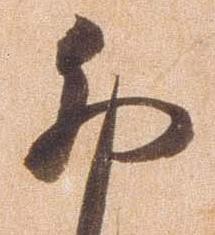
卯